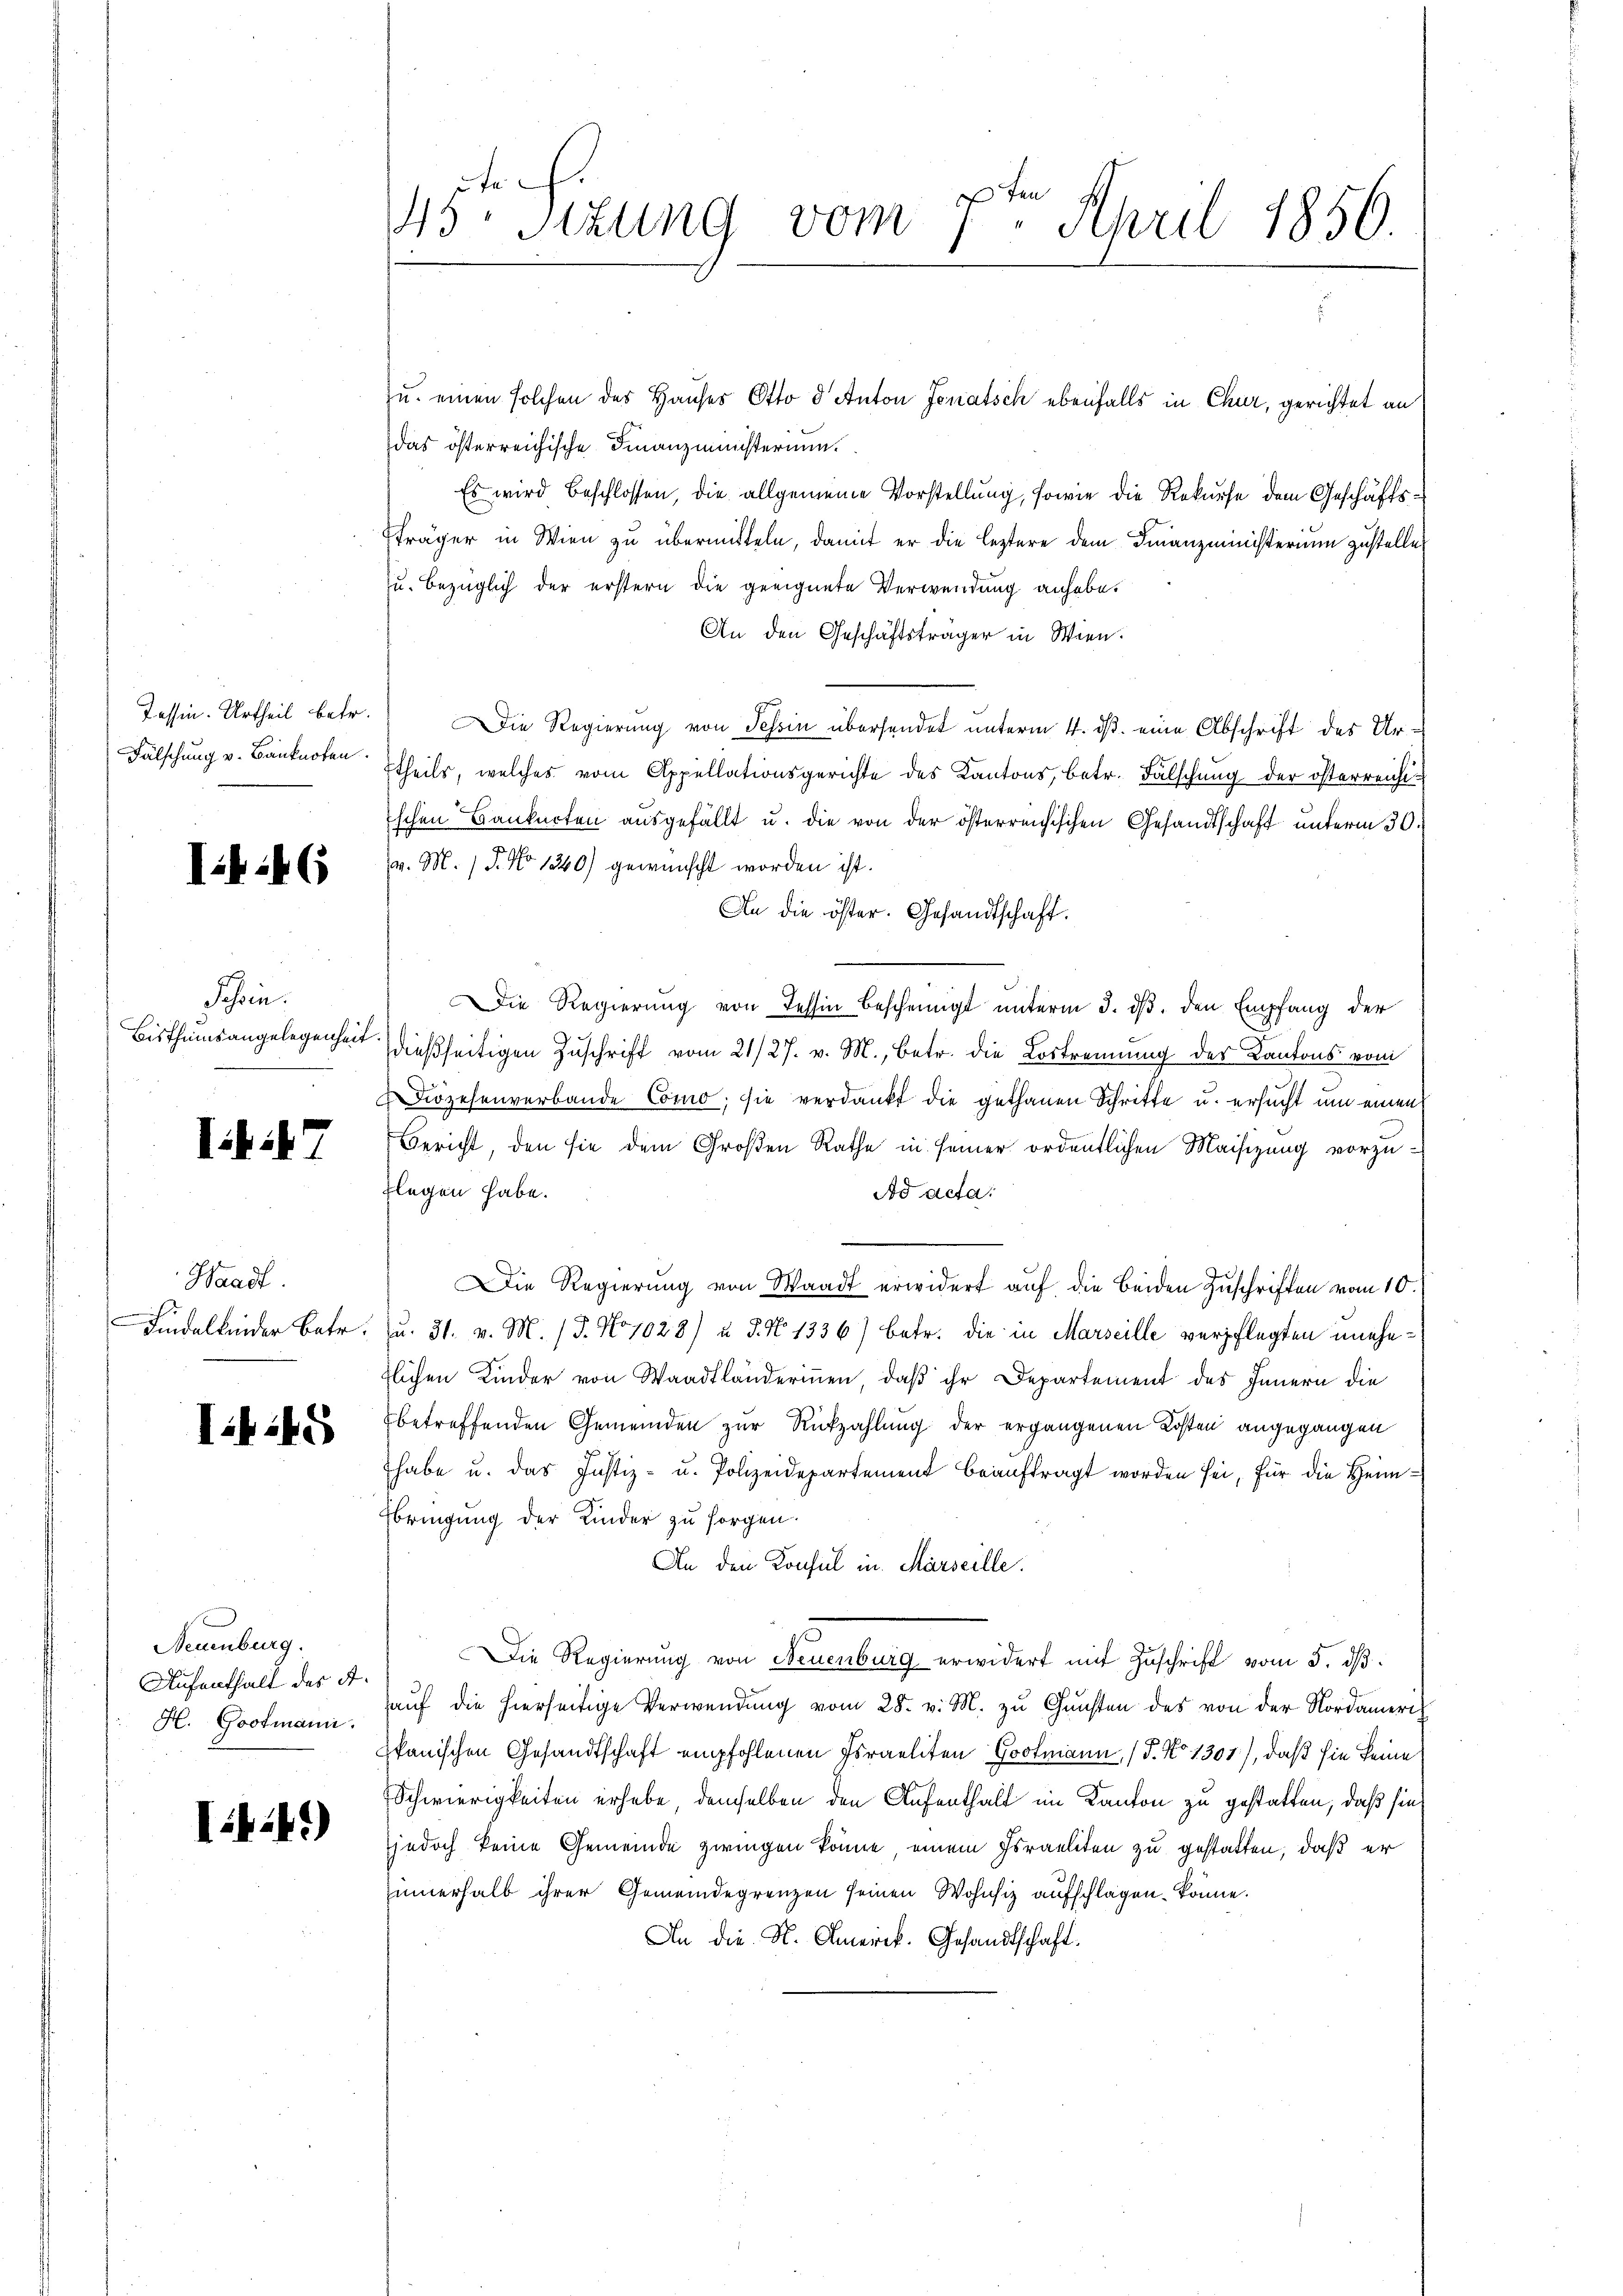
Tessin. Urtheil betr.
Fälschung v. Banknoten.

ihik (

Schin
Bisthumsangelegenheit

i7

Waadt
Findelkinder Betr.

45

Neuenburg.
Aufenthalt des A.
H. Gootmann.

1:49)

45. Sitzung vom
7te͇n April 1856.

das österreichische Finanzministerium
Es wird beschlossen, die allgemeine Vorstellung, sowie die Rekurse dem Geschäftsträger in Wien zu übermitteln, damit er die leztere dem Finanzministerium zustelle
zu. bezüglich der erstern die geeignete Verwendung anhabe.
An den Geschäftsträger in Wien.
Die Regierung von Tessin übersendet unterm 4. ds. eine Abschrift des Ur-
theils, welches vom Appellationsgerichte des Kantons, betr. Fälschung der österreichischen Bankucten ausgefällt u. die von der österreichischen Gesandtschaft unterm 30.
v. M. P. No 1340) gewünscht worden ist.
An die öster. Gesandtschaft.
Die Regierung von Tessin bescheinigt unterm 3. ds. den Empfang der
dießseitigen Zuschrift vom 21/27. v. M., betr. die Lostrennung des Kantons vom
Diözesenverbande Como; sie verdankt die gethanen Schritte u. ersucht um einen
Bericht, den sie dem Großen Rathe in seiner ordentlichen Maisizung vorzu-
flegen habe.
Ad acta.
Die Regierung von Waadt erwidert auf die beiden Zuschriften vom 10.
Ju. 31. v. M. / 5. No 1028) u. S. N. 1336) betr. die in Marseille verpflegten unehetlichen Kinder von Waadtländerinnen, daß ihr Departement des Innern die
betreffenden Gemeinden zur Rückzahlung der ergangenen Kosten angegangen
habe u. das Justiz- u. Polizeidepartement beaŭftragt worden sei, für die Heim¬
Ebringung der Kinder zu sorgen.
An den Konsul in Marseille.
Die Regierung von Neuenburg erwidert mit Zŭschrift vom 5. dβ
aŭf die hierseitige Verwendŭng vom 28. v. M. zŭ Gŭnsten des von der Nordameri
kanischen Gesandtschaft empfohlenen Israeliten Gootmann, (T. No 1301), daß sie keine
Schwierigkeiten erhabe, demselben den Aufenthalt im Kanton zu gestatten, daß sie
jedoch keine Gemeinde zwingen könne einem Israeliten zu gestatten, daß er
innerhalb ihrer Gemeindegrenzen seinen Wohnsiz aufschlagen könne.
An die K. Amerik. Gesandtschaft.

u. einen solchen des Hauses Otto d Anton Jonatsch ebenfalls in Chur, gerichtet an